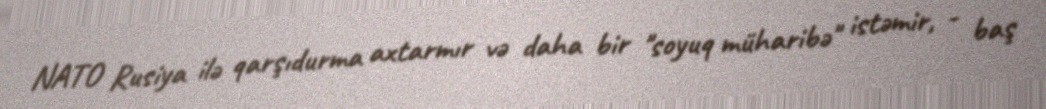
NATO Rusiya ilə qarşıdurma axtarmır və daha bir "soyuq müharibə" istəmir, - baş